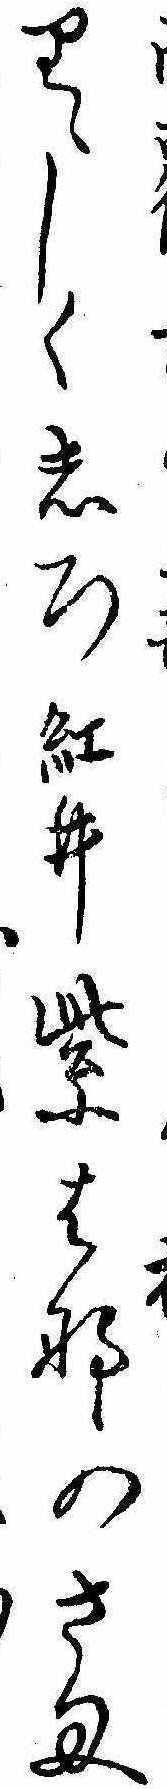
りゝしくしろ紅ゐ紫はなのさま